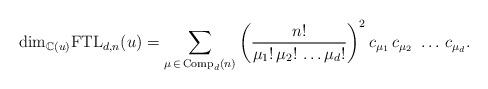
LaTeX: \begin{align*}{\rm dim}_{\mathbb{C}(u)}{\rm FTL}_{d,n}(u) = \sum_{\mu \, \in \, {\rm Comp}_d (n)} \left ( \frac{n!}{\mu_1! \, \mu_2 ! \, \ldots \mu_d !} \right )^2 c_{\mu_1}\, c_{\mu_2}\ \ldots \, c_{\mu_d}. \end{align*}